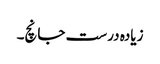
زیادہ درست جانچ۔